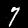
Digit: 7